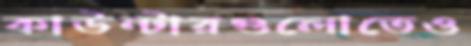
কাউন্টারগুলোতেও